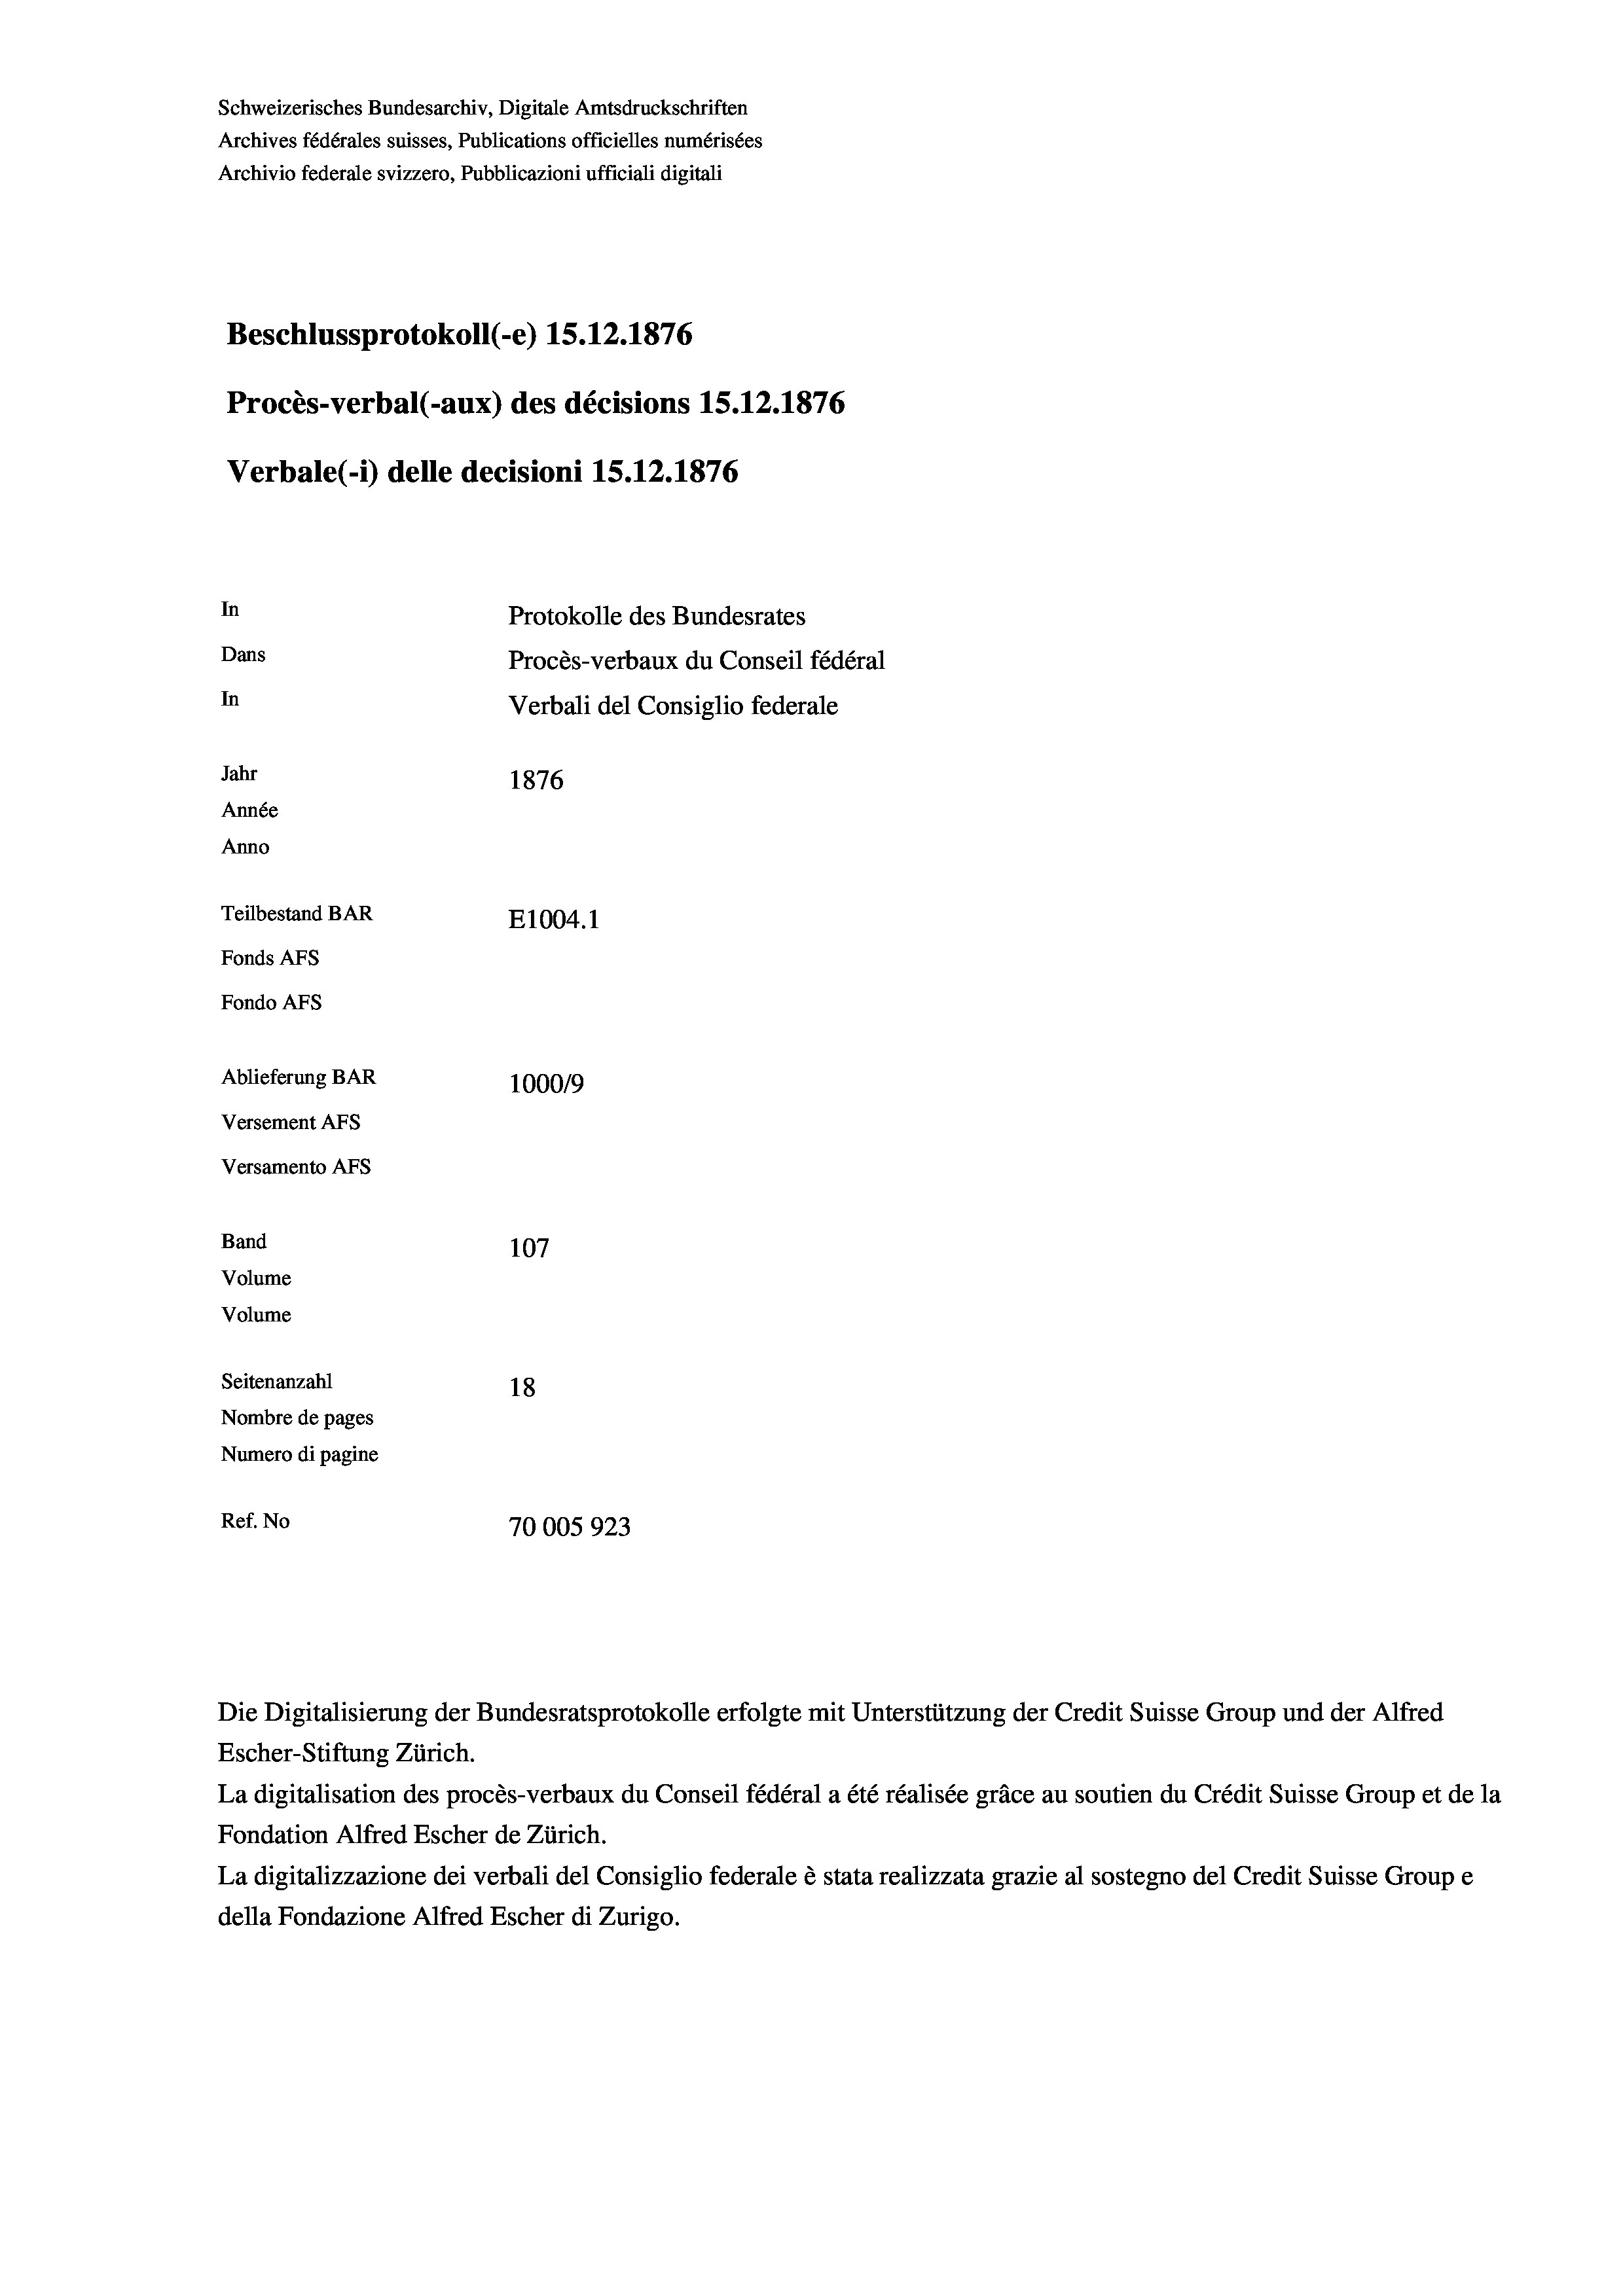
Schweizerisches Bundesarchiv, Digitale Amtsdruckschriften
Archives fédérales suisses, Publications officielles numérisées
Archivio federale svizzero, Pubblicazioni ufficiali digitali
Beschlussprotokoll (-e) 15.12.1876
Procès-verbal (-aux) des décisions 15.12.1876
Verbale(-*) delle decisioni 15. 12. 1876
In
Protokolle des Bundesrates
Dans
Procès-verbaux du Conseil fédéral
In
Verbali del Consiglio federale
Jahr
1876
Année
Anno
Teilbestand BAR
E1004. 1
Fonds AFs
Fondo AFs
Ablieferung BAR
1000/9
Versement Abs
Versamento AFs

107
Seitenanzahl
18
Nombre de pages
Numero di pagine
Ref. No
70005923

Band
Volume
Volume

Escher-Stiftung Zürich.
La digitalisation des procès-verbaux du Conseil fédéral a été réalisée gräce au soutien du Crédit Suisse Group et de la
Fondation Alfred Escher de Zürich.
La digitalizzazione dei verbali del Consiglio federale è stata realizzata grazie al sostegno del Credit Suisse Groupe
della Fondazione Alfred Escher di Zurigo.

Die Digitalisierung der Bundesratsprotokolle erfolgte mit Unterstützung der Credit Suisse Group und der Alfred